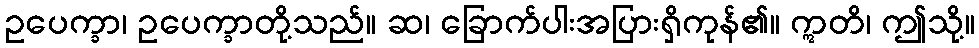
ဥပေက္ခာ၊ ဥပေက္ခာတို့သည်။ ဆ၊ ခြောက်ပါးအပြားရှိကုန်၏။ ဣတိ၊ ဤသို့။